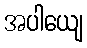
အပါယျေ